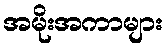
အမိုးအကာများ